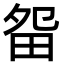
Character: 㽜